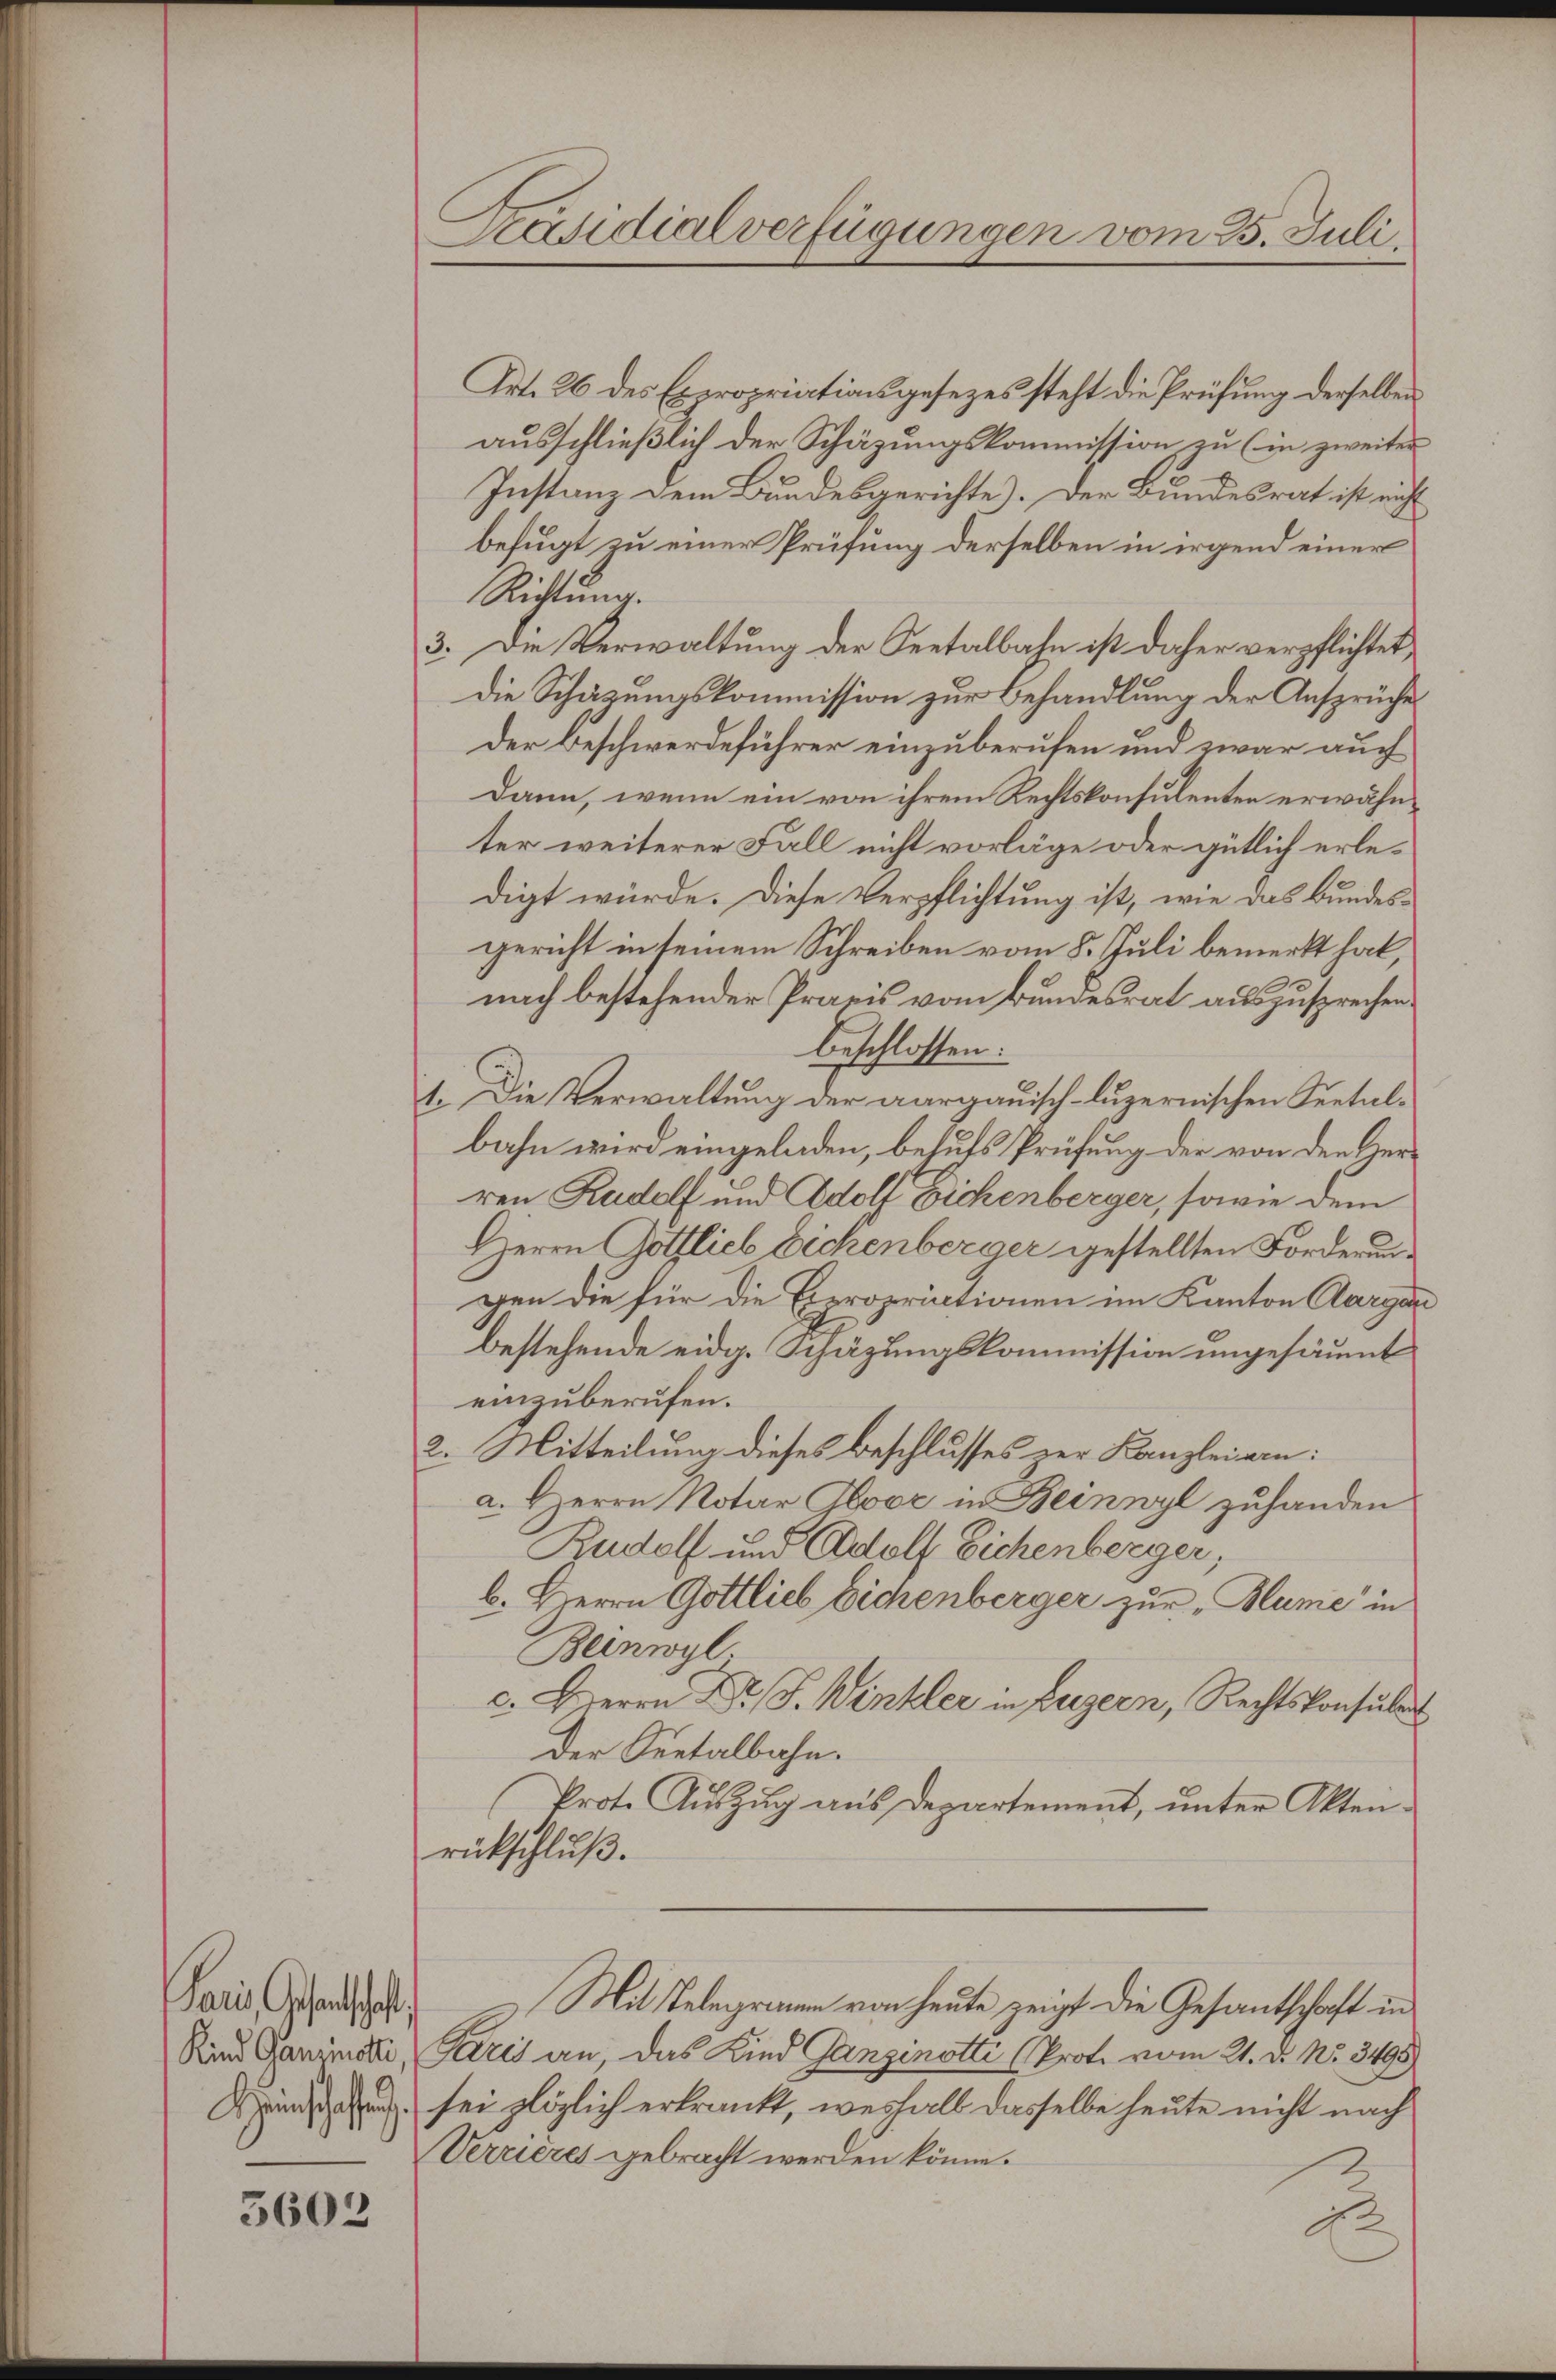
Paris, Gesandtschaft

5602

Präsidialverfügungen vom 25. Juli.

Art. 26 des Expropriationsgesezes steht die Prüfung derselben
ausschließlich der Schäzungskommission zu (in zweiter
Instanz dem Bundesgerichte). Der Bundesrat ist nicht
befugt zu einer Prüfung derselben in irgend einer
Richtung.
3. Die Verwaltung der Seetalbahn ist daher verpflichtet,
die Schätzungskommission zur Behandlung der Ansprüche
Der Beschwerdeführer einzuberufen und zwar auch
Dann, wenn ein von ihrem Rechtskonsulenten erwähnter weiterer Fall nicht vorläge oder gütlich erledigt würde. Diese Verpflichtung ist, wie das Bundesgericht in seinem Schreiben vom 8. Juli bemerkt hat,
nach bestehender Praxis vom Bundesrat auszusprechen.
beschlossen:
1. Die Verwaltung der aargauisch-luzernischen Seetalbahn wird eingeladen, behufs Prüfung der von den Herren Rudolf und Adolf Eichenberger, sowie dem
Herrn Gottlieb Eichenberger gestellten Forderungen die für die Heropriationen im Kanton Aargau
bestehende eidg. Schäzungskommission ungesäumt
einzuberufen.
2. Mitteilung dieses Beschlusses zur Kanzleigen:
a. Herrn Notar Gloor in Beinwyl zuhanden
Rudolf und Adolf Eichenberger,
b. Herrn Gottlieb Eichenberger zur „Blume in
Beinwyl
c. Herrn Dr. J. Winkler in Luzern, Rechtskonsulen
Der Sentalbahn.
Prote Auszug aus Departement, unter Aktenrückschluß.
Mit Telegramm von heute zeigt die Gesantschaft in
Kind Panimsdi, Paris an, das Kind Ganzenotti (Prote vom 21. d. No. 3498
 sei plözlich erkrankt, weshalb dasselbe heute nicht nach
Verrieres gebracht werden könne.
d